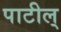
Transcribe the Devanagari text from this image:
पाटील्